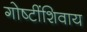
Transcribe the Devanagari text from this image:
गोष्‍टींशिवाय